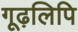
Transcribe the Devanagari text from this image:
गूढ़लिपि